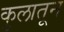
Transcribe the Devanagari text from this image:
कुलातून